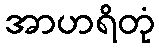
အာဟရိတုံ